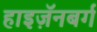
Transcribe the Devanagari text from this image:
हाइज़ॅनबर्ग